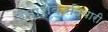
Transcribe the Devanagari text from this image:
रमाशंकरतिवारी